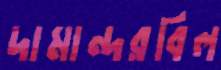
দামান্দরবিল